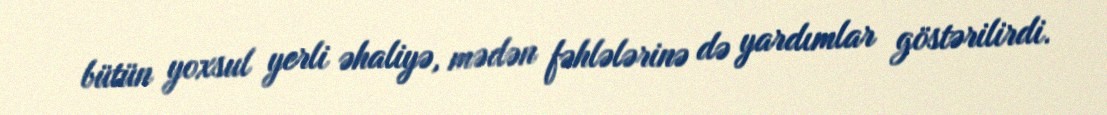
bütün yoxsul yerli əhaliyə, mədən fəhlələrinə də yardımlar göstərilirdi.